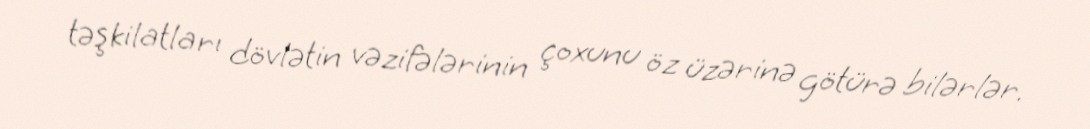
təşkilatları dövlətin vəzifələrinin çoxunu öz üzərinə götürə bilərlər.